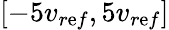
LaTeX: \left[-5v_{r\mathrm{e}f},5v_{r\mathrm{e}f}\right]